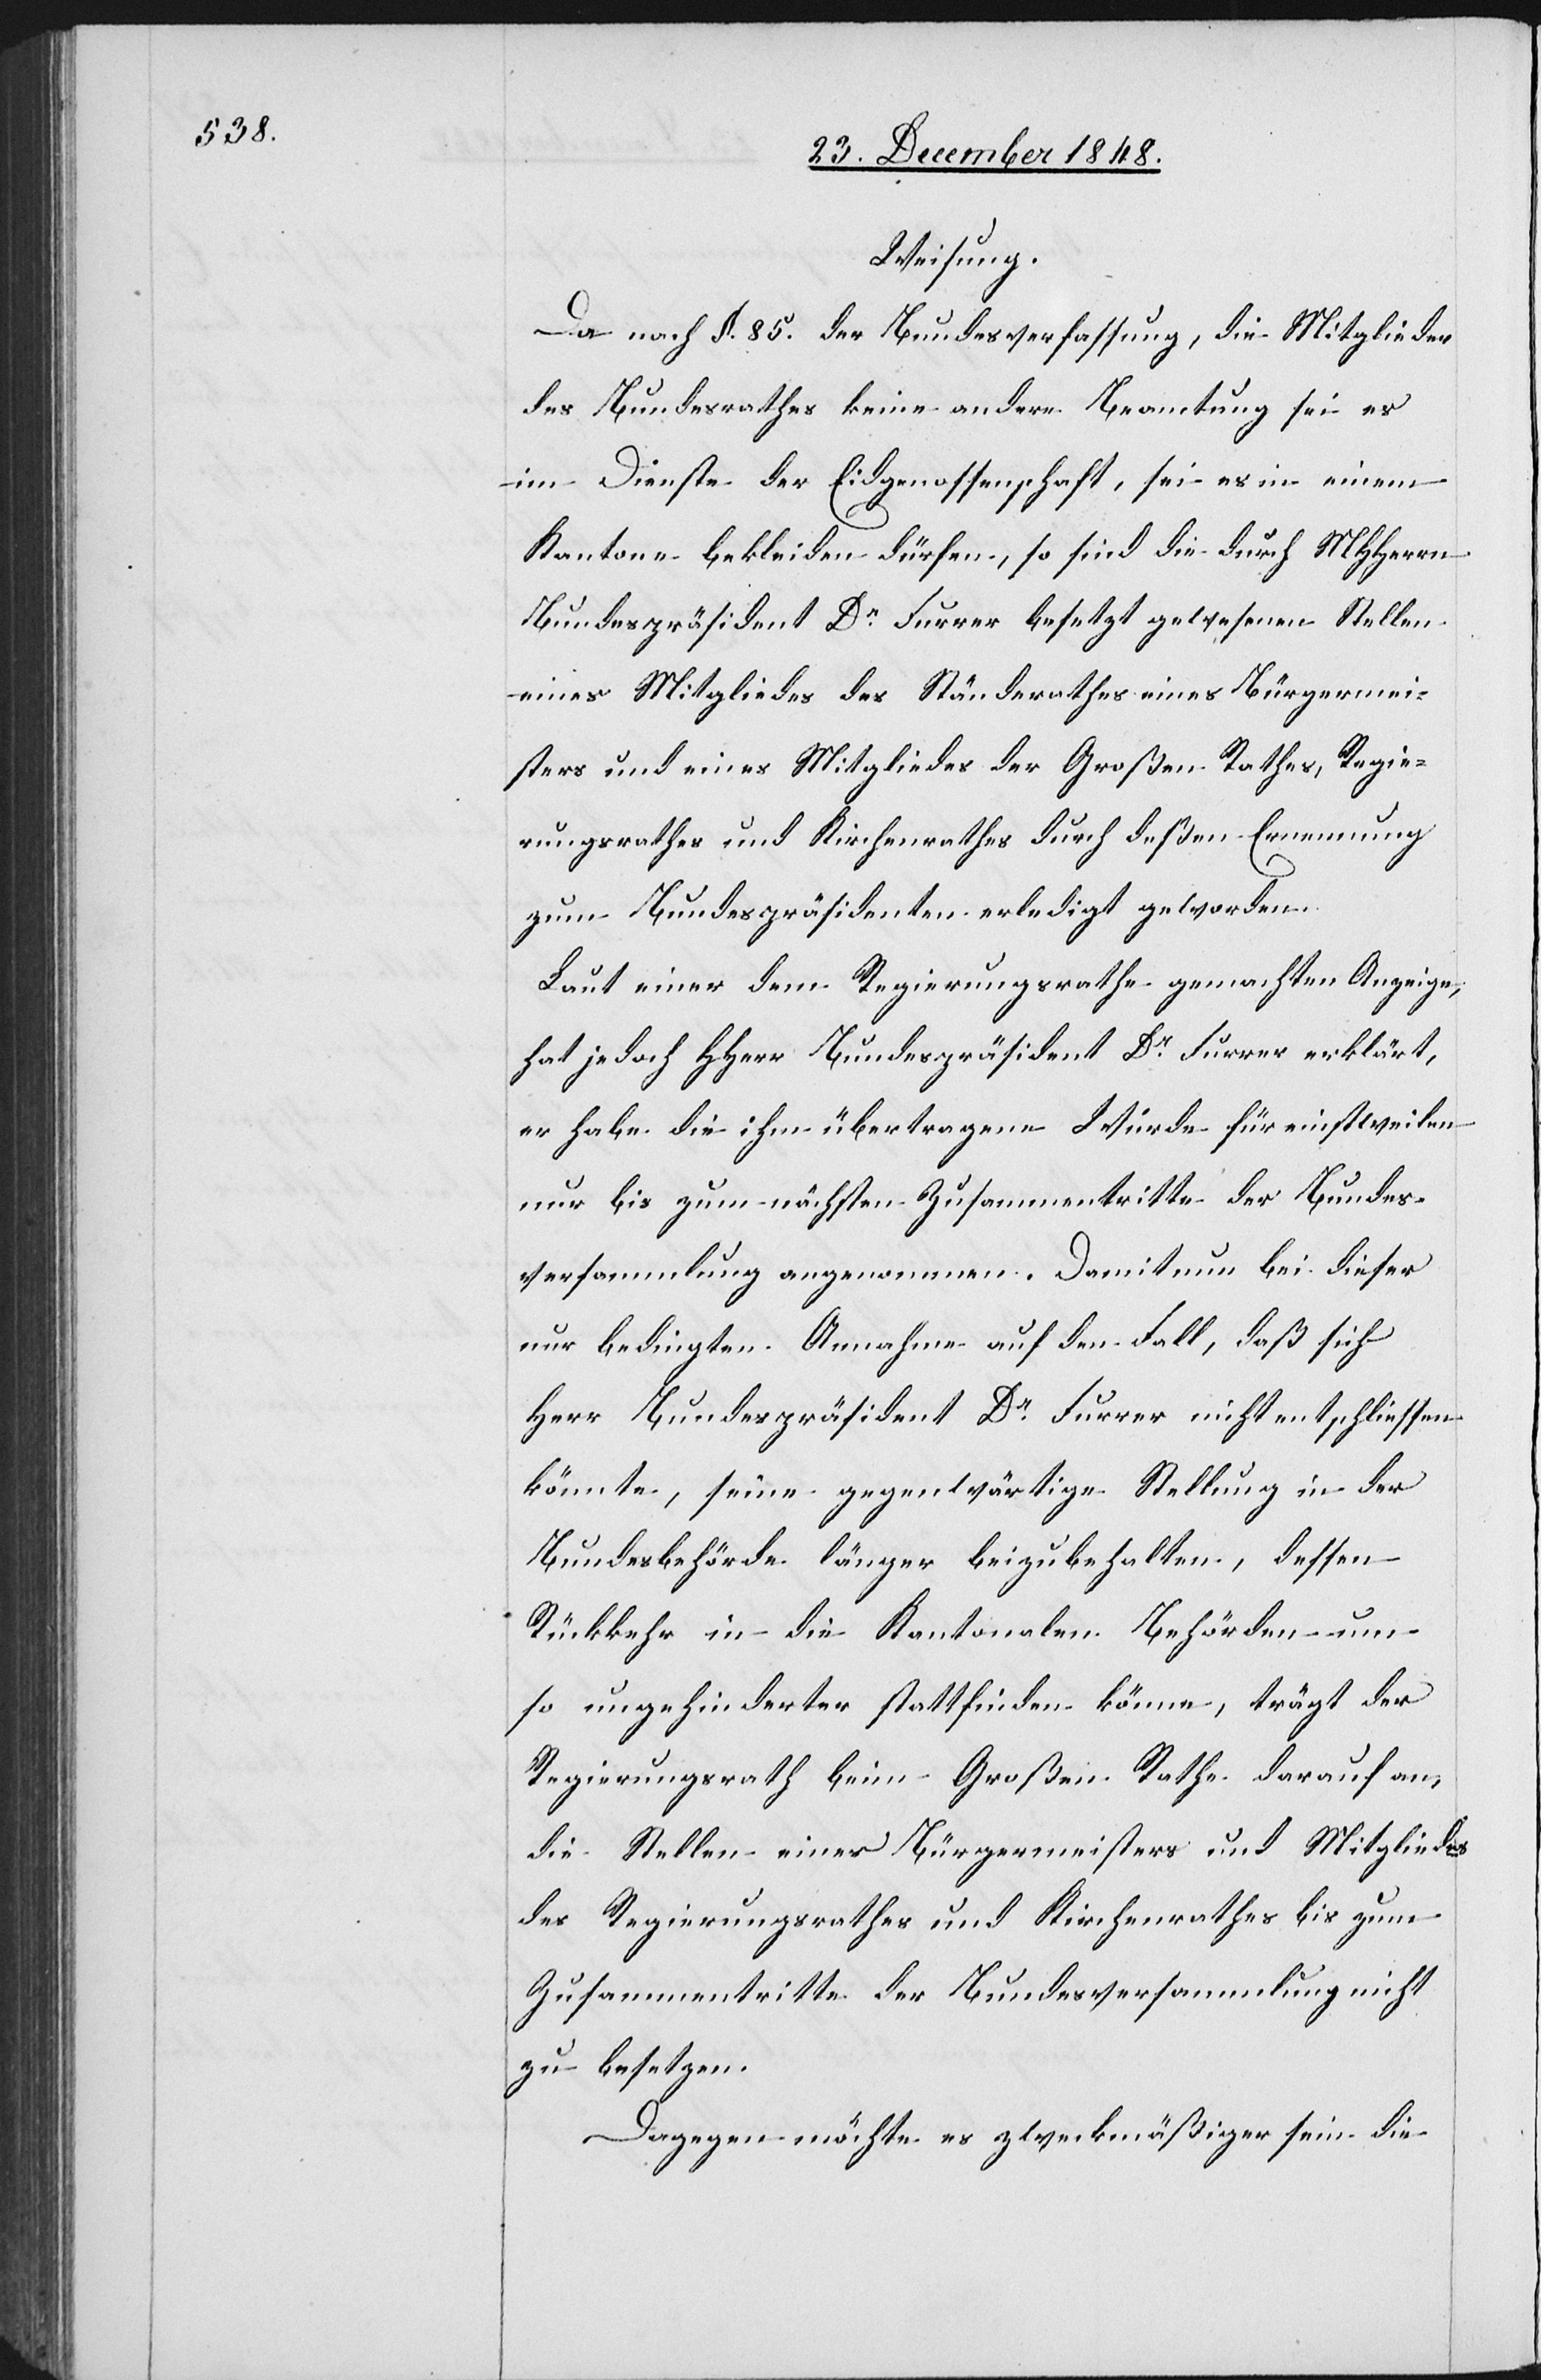
Weisung.
Da nach §. 85. der Bundesverfassung, die Mitglieder
des Bundesrathes keine andere Beamtung sei es
im Dienste der Eidgenossenschaft, sei es in einem
Kantone bekleiden dürfen, so sind die durch MHHerrn
Bundespräsident Dr Furrer besetzt gewesenen Stellen
eines Mitgliedes des Ständerathes[,] eines Bürgermei¬
sters und eines Mitgliedes des Großen Rathes, Regie¬
rungsrathes und Kirchenrathes durch deßen Ernennung
zum Bundespräsidenten erledigt geworden.
Laut einer dem Regierungsrathe gemachten Anzeige,
hat jedoch HHerr Bundespräsident Dr Furrer erklärt,
er habe die ihm übertragene Würde für einstweilen
nur bis zum nächsten Zusammentritte der Bundes¬
versammlung angenommen. Damit nun bei dieser
nur bedingten Annahme auf den Fall, daß sich
Herr Bundespräsident Dr Furrer nicht entschliessen
könnte, seine gegenwärtige Stellung in der
Bundesbehörde länger beizubehalten, dessen
Rückkehr in die Kantonalen Behörden um
so ungehinderter stattfinden könne, trägt der
Regierungsrath beim Großen Rathe darauf an,
die Stellen einer Bürgermeisters und Mitgliedes
des Regierungsrathes und Kirchenrathes bis zum
Zusammentritte der Bundesversammlung nicht
zu besetzen.
Dagegen möchte es zweckmäßiger sein die